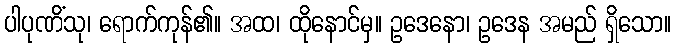
ပါပုဏိံသု၊ ရောက်ကုန်၏။ အထ၊ ထိုနောင်မှ။ ဥဒေနော၊ ဥဒေန အမည် ရှိသော။